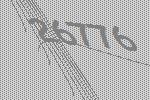
26776